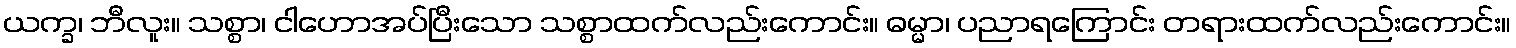
ယက္ခ၊ ဘီလူး။ သစ္စာ၊ ငါဟောအပ်ပြီးသော သစ္စာထက်လည်းကောင်း။ ဓမ္မာ၊ ပညာရကြောင်း တရားထက်လည်းကောင်း။